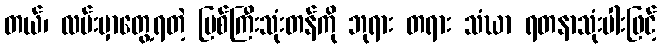
တယ်၊ လမ်းမှာတွေ့ရတဲ့ မြစ်ကြီးသုံးတန်ကို ဘုရား တရား သံဃာ ရတနာသုံးပါးဖြင့်